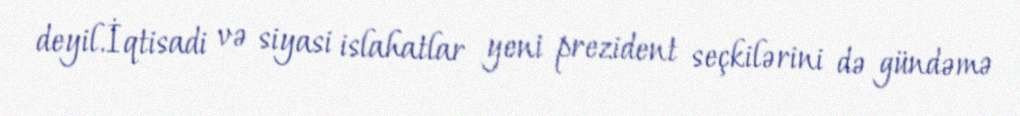
deyil.İqtisadi və siyasi islahatlar yeni prezident seçkilərini də gündəmə